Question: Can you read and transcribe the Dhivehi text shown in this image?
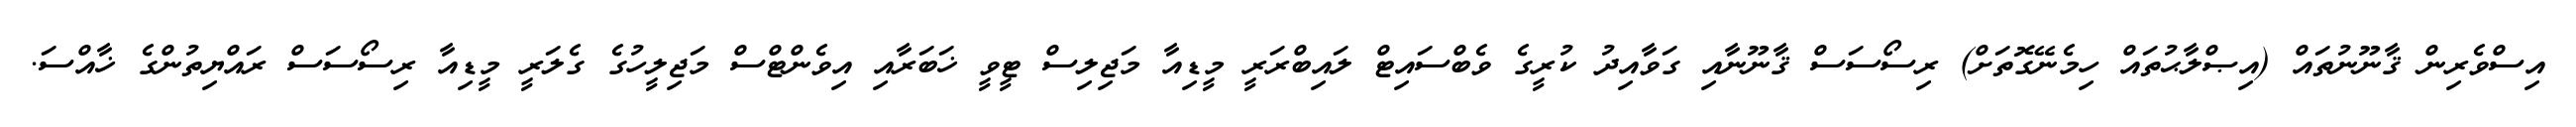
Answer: އިސްވެރިން ޤާނޫނުތައް (އިޞްލާޙުތައް ހިމެނޭގޮތަށް) ރިސޯސަސް ޤާނޫނާއި ގަވާއިދު ކުރީގެ ވެބްސައިޓް ލައިބްރަރީ މީޑިއާ މަޖިލިސް ޓީވީ ޚަބަރާއި އިވެންޓްސް މަޖިލީހުގެ ގެލަރީ މީޑިއާ ރިސޯސަސް ރައްޔިތުންގެ ޚާއްސަ.